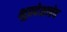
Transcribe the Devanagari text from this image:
भूप्रदेशाचेच